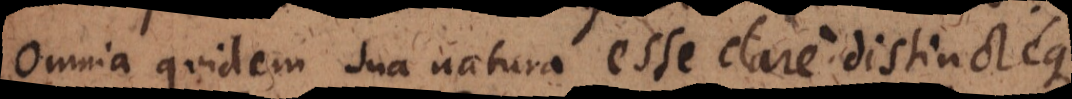
Omnia quidem sua natura esse clare distincteque